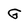
Character: G